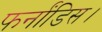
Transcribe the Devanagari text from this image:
फर्नांडिस।